Report on vaccination in Madras 1877-1894 - 1877-1894
Year: 1877
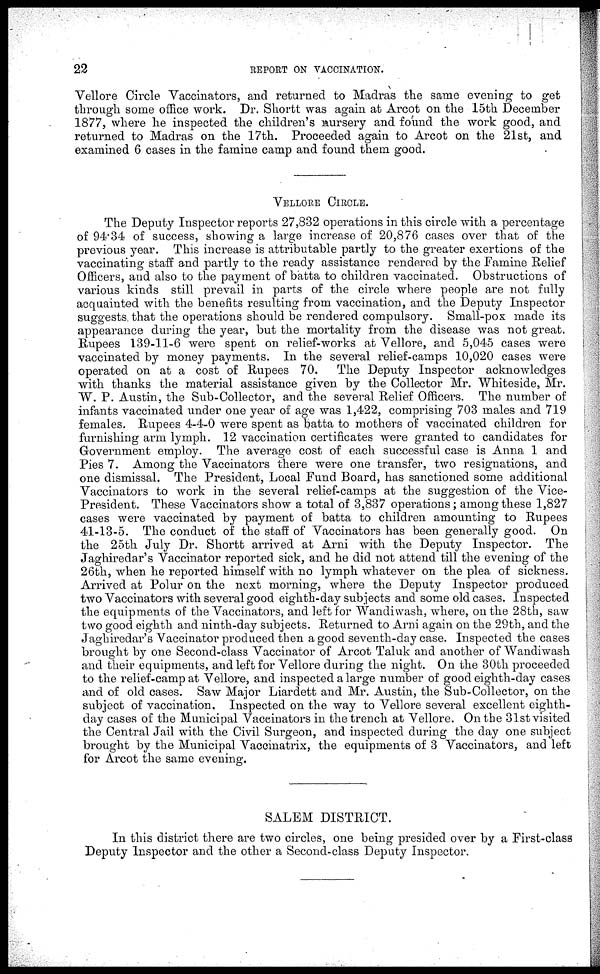
22
REPORT ON VACCINATION.
Vellore Circle Vaccinators, and returned to Madras the same evening to get
through some office work. Dr. Shortt was again at Arcot on the 15th December
1877, where he inspected the children's nursery and found the work good, and
returned to Madras on the 17th. Proceeded again to Arcot on the 21st, and
examined 6 cases in the famine camp and found them good.
VELLORE CIRCLE.
The Deputy Inspector reports 27,832 operations in this circle with a percentage
of 94.34 of success, showing a large increase of 20,876 cases over that of the
previous year. This increase is attributable partly to the greater exertions of the
vaccinating staff and partly to the ready assistance rendered by the Famine Relief
Officers, and also to the payment of batta to children vaccinated. Obstructions of
various kinds still prevail in parts of the circle where people are not fully
acquainted with the benefits resulting from vaccination, and the Deputy Inspector
suggests. that the operations should be rendered compulsory. Small-pox made its
appearance during the year, but the mortality from the disease was not great.
Rupees 139-11-6 were spent on relief-works at Vellore, and 5,045 cases were
vaccinated by money payments. In the several relief-camps 10,020 cases were
operated on at a cost of Rupees 70. The Deputy Inspector acknowledges
with thanks the material assistance given by the Collector Mr. Whiteside, Mr.
W. P. Austin, the Sub-Collector, and the several Relief Officers. The number of
infants vaccinated under one year of age was 1,422, comprising 703 males and 719
females. Rupees 4-4-0 were spent as batta to mothers of vaccinated children for
furnishing arm lymph. 12 vaccination certificates were granted to candidates for
Government employ. The average cost of each successful case is Anna 1 and
Pies 7. Among the Vaccinators there were one transfer, two resignations, and
one dismissal. The President, Local Fund Board, has sanctioned some additional
Vaccinators to work in the several relief-camps at the suggestion of the Vice-
President. These Vaccinators show a total of 3,837 operations ; among these 1,827
cases were vaccinated by payment of batta to children amounting to Rupees
41-13-5. The conduct of the staff of Vaccinators has been generally good. On
the 25th July Dr. Shortt arrived at Arni with the Deputy Inspector. The
Jaghiredar's Vaccinator reported sick, and he did not attend till the evening of the
26th, when he reported himself with no lymph whatever on the plea of sickness.
Arrived at Polur on the next morning, where the Deputy Inspector produced
two Vaccinators with several good eighth-day subjects and some old cases. Inspected
the equipments of the Vaccinators, and left for Wandiwash, where, on the 28th, saw
two good eighth and ninth-day subjects. Returned to Arni again on the 29th, and the
Jaghiredar's Vaccinator produced then a good seventh-day case. Inspected the cases
brought by one Second-class Vaccinator of Arcot Taluk and another of Wandiwash
and their equipments, and left for Vellore during the night. On the 30th proceeded
to the relief-camp at Vellore, and inspected a large number of good eighth-day cases
and of old cases. Saw Major Liardett and Mr. Austin, the Sub-Collector, on the
subject of vaccination. Inspected on the way to Vellore several excellent eighth-
day cases of the Municipal Vaccinators in the trench at Vellore. On the 31st visited
the Central Jail with the Civil Surgeon, and inspected during the day one subject
brought by the Municipal Vaccinatrix, the equipments of 3 Vaccinators, and left
for Arcot the same evening.
SALEM DISTRICT.
In this district there are two circles, one being presided over by a First-class
Deputy Inspector and the other a Second-class Deputy Inspector.